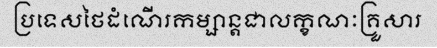
ប្រទេសថៃដំណើរកម្សាន្តជាលក្ខណៈគ្រួសារ